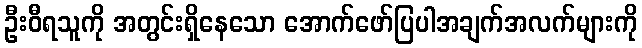
ဦးဝီရသူကို အတွင်းရှိနေသော အောက်ဖော်ပြပါအချက်အလက်များကို